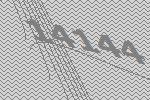
14144